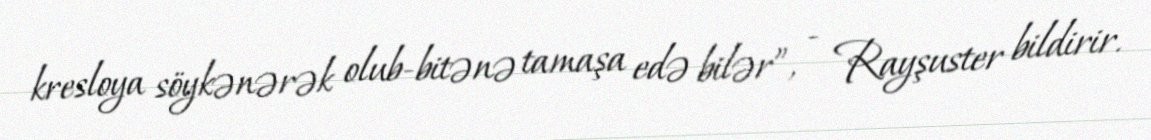
kresloya söykənərək olub-bitənə tamaşa edə bilər”, - Rayşuster bildirir.